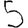
Digit: 5